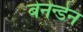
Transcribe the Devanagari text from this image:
बेनेन्डेन